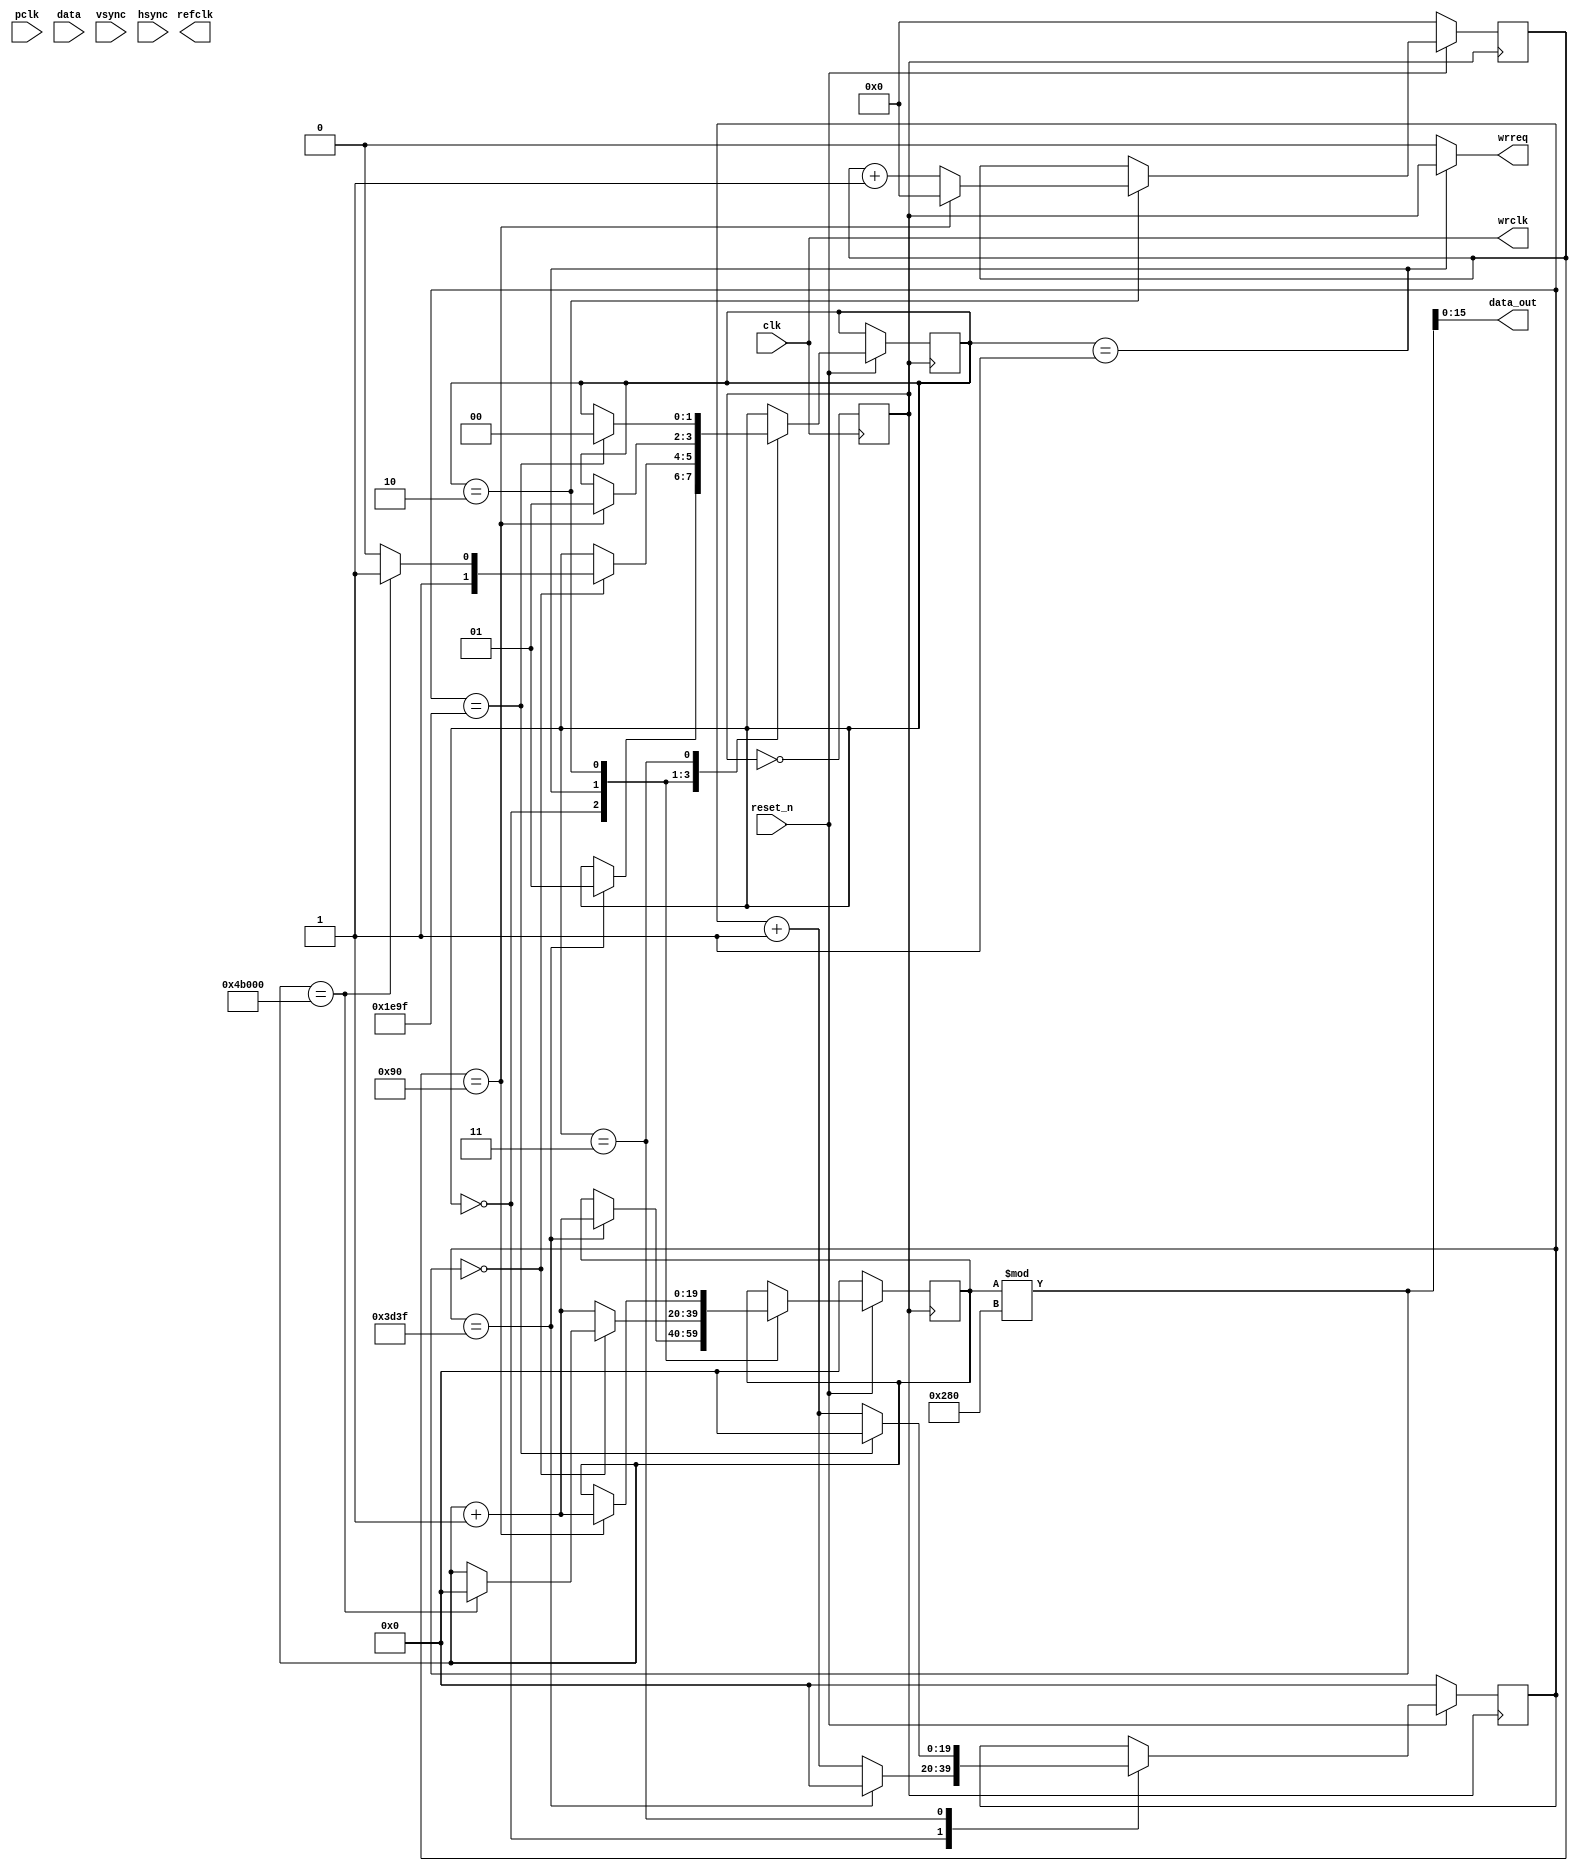
module cameraReader_sim
(

	input clk,
	input reset_n,
	
	output refclk,
	
	input pclk,
	input [7:0] data,
	input vsync,
	input hsync,
	
	output [15:0] data_out,
	output wire wrreq,
	output wire wrclk

);

reg wrclk1 = 0;

always@(negedge clk)
wrclk1 <= ~wrclk1;

reg [19:0] pixel_counter;
reg [9:0] wait_counter_hs;
reg [19:0] wait_counter_vs;

reg [1:0] state = 0;

assign wrclk = clk;

assign wrreq = state == 2'b01 ? wrclk1 : 1'b0;

assign data_out = pixel_counter % 640;

always@(posedge wrclk1)
begin
if(reset_n == 1'b0)
	begin
	pixel_counter <= 0;
	wait_counter_vs <= 0;
	wait_counter_hs <= 0;
	end
	else
	begin
		case(state)
		2'b00:
		begin
			if(wait_counter_vs == 15679)
			begin
				wait_counter_vs <= 0;
				state <= 2'b01;
				pixel_counter <= pixel_counter + 1;
			end
			else
				wait_counter_vs <= wait_counter_vs + 1;
		end
		
		2'b01:
		begin
			if(pixel_counter % 640 == 0)
			begin
				if(pixel_counter == 640*480)
				begin
					pixel_counter <= 0;
					state <= 2'b11; //vs wait
				end
				else
					state <= 2'b10; // hs wait
			end
			else
				pixel_counter <= pixel_counter + 1;
			
		end
		
		2'b10:
		begin
			if(wait_counter_hs == 144)
			begin
				wait_counter_hs <= 0;
				state <= 2'b01;
				pixel_counter <= pixel_counter + 1;
			end
			else
				wait_counter_hs <= wait_counter_hs + 1;
		end
		
		2'b11:
		begin
			if(wait_counter_vs == 7839)
			begin
				wait_counter_vs <= 0;
				state <= 2'b00;
			end
			else
				wait_counter_vs <= wait_counter_vs + 1;
		end
		
		endcase
		
		
		
		
	
	end
end

endmodule